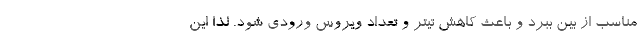
مناسب از بین ببرد و باعث کاهش تیتر و تعداد ویروس ورودی شود. لذا این